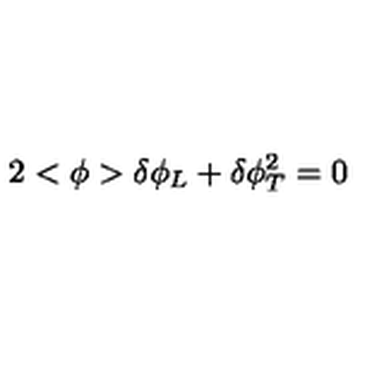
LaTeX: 2 < \phi > \delta \phi _ { L } + \delta \phi _ { T } ^ { 2 } = 0